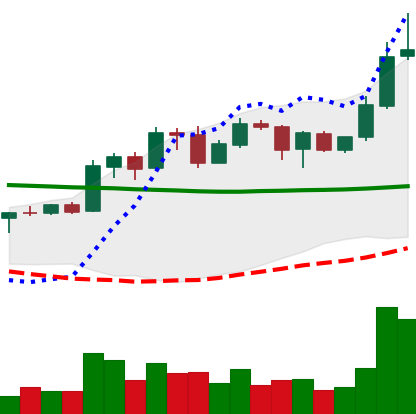
Ticker: ADA-USD
Chart end date: 2020-01-29
Forward return: 6.475%
Label: up_5_7